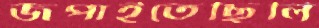
জপাইতেছিলি